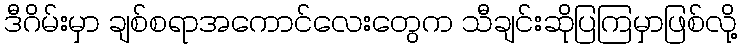
ဒီဂိမ်းမှာ ချစ်စရာအကောင်လေးတွေက သီချင်းဆိုပြကြမှာဖြစ်လို့